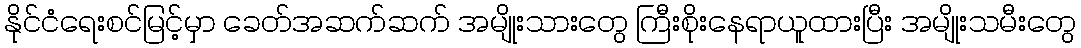
နိုင်ငံရေးစင်မြင့်မှာ ခေတ်အဆက်ဆက် အမျိုးသားတွေ ကြီးစိုးနေရာယူထားပြီး အမျိုးသမီးတွေ